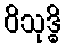
ဝိသုဒ္ဓိ